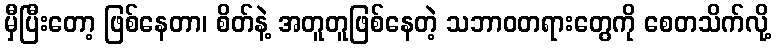
မှီပြီးတော့ ဖြစ်နေတာ၊ စိတ်နဲ့ အတူတူဖြစ်နေတဲ့ သဘာဝတရားတွေကို စေတသိက်လို့